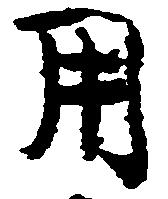
用